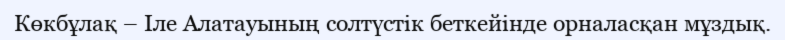
Көкбұлақ – Іле Алатауының солтүстік беткейінде орналасқан мұздық.